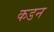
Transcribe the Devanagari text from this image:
कडन